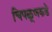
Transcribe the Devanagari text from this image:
चिपळूणकडे